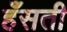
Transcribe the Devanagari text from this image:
हँसती